Juuru_vallavalitsus, lk 46
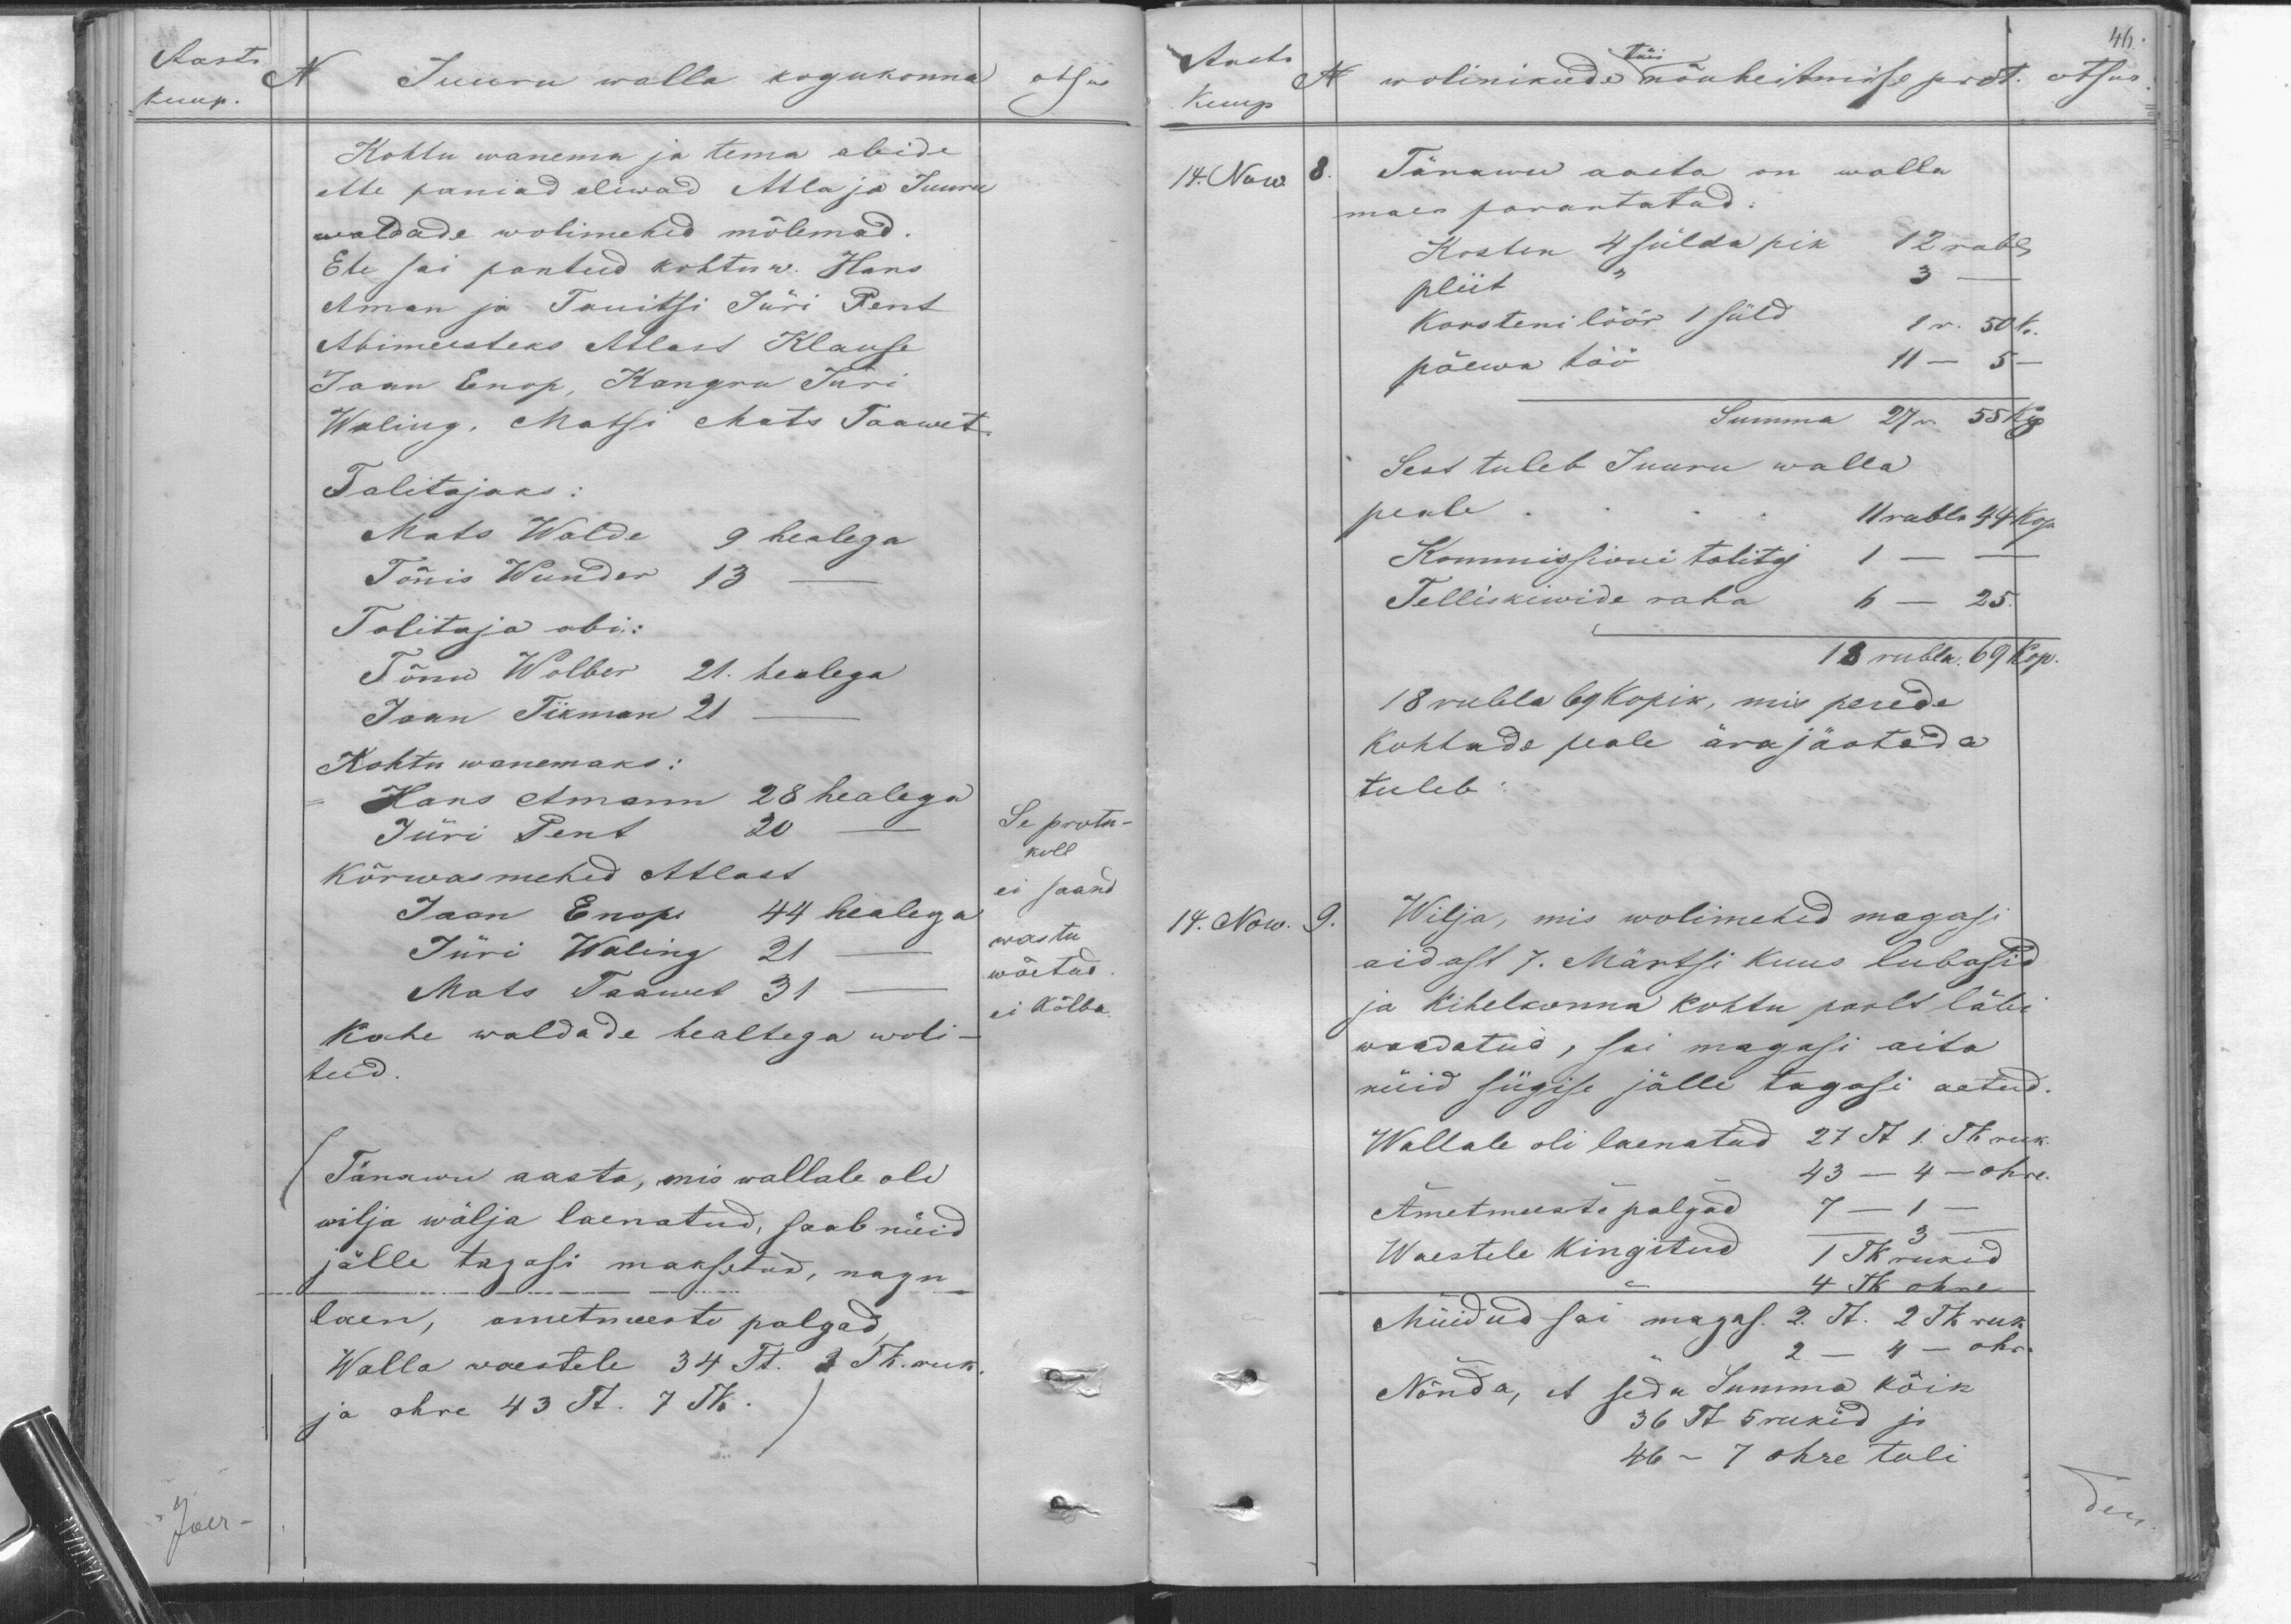
Aasta
No
kuup.
Juuru walla kogukonna
otsus
Kohtu wanema ja tema abide
ette paniad oliwad Atla ja Juuru
waldade wolimehed mõlemad.
Ete sai pantud kohtu w. Hans
Aman ja Tanitsi Jüri Rent
Abimeesteks Adam Klause
Jaan Enop, Kangru Jüri
Waling. Matsi Matsi Taawet.
Talitajaks:
Mats Walde 9 healega
Tõnis Wunder 13 -
Talitaja abi:
Tõnu Wolber 21. healega.
Jaan Tikman 21
Kohtu wanemaks:
Hans Amann 28 healega
Jüri Pent 20-
Kõrwas mehed Atlast
Jaan Enopi 44 healega
Jüri Waling 21
Mats Taawet 31
kahe waldade healtega woli-
teud.
Se protok-
koll
ei saand
wastu
wõetud
ei Kõlba.
Tänawu aasta, mis wallale oli
wilja wälja laenatud, saab nüid
jälle tagasi maksetud, nagu
laen, ametmeeste palgad,
Walla waestele 34 Tt. p. Tk ruk
ja ohre 43 Tt. 7 Tk.

46
Aasta
Kuup
14. Now. 8.
No
täis
wolinikude nõuheitmise prot.
otsus
Tänawu aasta on walla
maeas parantatud:
Korsten 4 sülda pik 12 rubl.
pliit
3.
Korsteni löör 1 süld, 9r. 50 k.
päewa töö
11 - 5 -
Summa 27 r. 55 kop.
Sest tuleb Juuru walla
peale
11 rubla 44 kop.
Kommissioni talitaj
1
Telliskiwide raha
6 - 25.
18 rubla 69 kop.
18 rubla 69 kopik, mis perede
Kohtade peale ära jäotada
tuleb.
14. Now. 9.
Wilja, mis wolimehed magasi
aidast 7. Märtsi kuus lubasid
ja kihelkonna kohtu poolt läbi
waadatud, sai magasi aita
nüid sügise jälle tagasi aetud.
Wallale oli laenatud 27 Tt 1Tk. ruk
43-4-ohre
Ametmeeste palgad 7-1
Waestele kingitud 1 Tk rukid
4 Tk ohre
Müidud sai magas. 2. Tt. 2 Tk ruk
2 - 4 - ohr.
Nõnda, et seda Summa kõik
36 Tt 5 rukid ja
46 - 7 ohre tuli

Joer